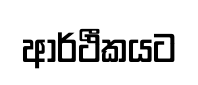
ආර්ථීකයට